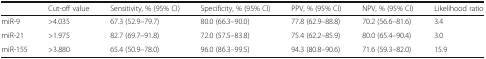
|  | Cut-off value | Sensitivity, % (95% CI) | Specificity, % (95% CI) | PPV, % (95% CI) | NPV, % (95% CI) | Likelihood ratio |
 | --- | --- | --- | --- | --- | --- | --- |
 | miR-9 | >4.035 | 67.3 (52.9–79.7) | 80.0 (66.3–90.0) | 77.8 (62.9–88.8) | 70.2 (56.6–81.6) | 3.4 |
 | miR-21 | >1.975 | 82.7 (69.7–91.8) | 72.0 (57.5–83.8) | 75.4 (62.2–85.9) | 80.0 (65.4–90.4) | 3.0 |
 | miR-155 | >3.880 | 65.4 (50.9–78.0) | 96.0 (86.3–99.5) | 94.3 (80.8–90.6) | 71.6 (59.3–82.0) | 15.9 |